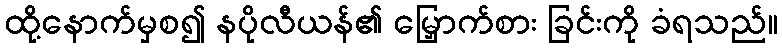
ထို့နောက်မှစ၍ နပိုလီယန်၏ မြှောက်စား ခြင်းကို ခံရသည်။